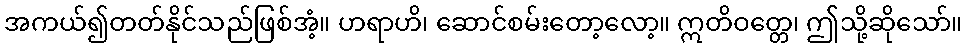
အကယ်၍တတ်နိုင်သည်ဖြစ်အံ့။ ဟရာဟိ၊ ဆောင်စမ်းတော့လော့။ ဣတိဝတ္တေ၊ ဤသို့ဆိုသော်။